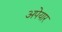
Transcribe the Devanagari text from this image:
अपेयार